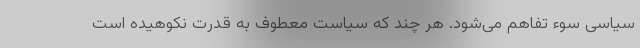
سیاسی سوء تفاهم می‌شود. هر چند که سیاست معطوف به قدرت نکوهیده است